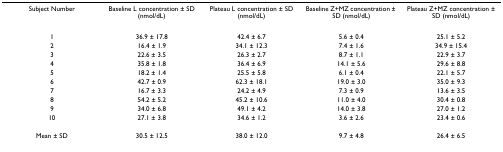
| Subject Number | Baseline L concentration ± SD (nmol/dL) | Plateau L concentration ± SD (nmol/dL) | Baseline Z+MZ concentration ± SD (nmol/dL) | Plateau Z+MZ concentration ± SD (nmol/dL) |
 | --- | --- | --- | --- | --- |
 | 1 | 36.9 ± 17.8 | 42.4 ± 6.7 | 5.6 ± 0.4 | 25.1 ± 5.2 |
 | 2 | 16.4 ± 1.9 | 34.1 ± 12.3 | 7.4 ± 1.6 | 34.9 ± 15.4 |
 | 3 | 22.6 ± 3.5 | 26.3 ± 2.7 | 8.7 ± 1.1 | 22.9 ± 3.7 |
 | 4 | 35.8 ± 1.8 | 36.4 ± 6.9 | 14.1 ± 5.6 | 29.6 ± 8.8 |
 | 5 | 18.2 ± 1.4 | 25.5 ± 5.8 | 6.1 ± 0.4 | 22.1 ± 5.7 |
 | 6 | 42.7 ± 0.9 | 62.3 ± 18.1 | 19.0 ± 3.0 | 35.0 ± 9.3 |
 | 7 | 16.7 ± 3.3 | 24.2 ± 4.9 | 7.3 ± 0.9 | 13.6 ± 3.5 |
 | 8 | 54.2 ± 5.2 | 45.2 ± 10.6 | 11.0 ± 4.0 | 30.4 ± 0.8 |
 | 9 | 34.0 ± 6.8 | 49.1 ± 4.2 | 14.0 ± 3.8 | 27.0 ± 1.2 |
 | 10 | 27.1 ± 3.8 | 34.6 ± 1.2 | 3.6 ± 2.6 | 23.4 ± 0.6 |
 | Mean ± SD | 30.5 ± 12.5 | 38.0 ± 12.0 | 9.7 ± 4.8 | 26.4 ± 6.5 |